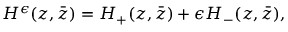
H ^ { \epsilon } ( z , \bar { z } ) = H _ { + } ( z , \bar { z } ) + \epsilon H _ { - } ( z , \bar { z } ) ,